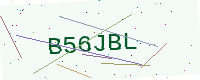
Text: B56JBL